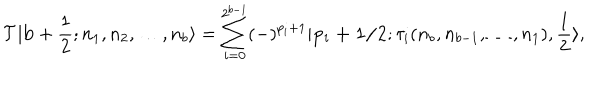
{ \cal T } | { \bf b } + \frac { 1 } { 2 } ; n _ { 1 } , n _ { 2 } , \ldots , n _ { b } \rangle = \sum _ { i = 0 } ^ { 2 ^ { b - 1 } } ( - ) ^ { p _ { i } + 1 } | { \bf { p _ { i } + 1 / 2 } } ; \tau _ { i } ( n _ { b } , n _ { b - 1 } , \ldots , n _ { 1 } ) , \frac { 1 } { 2 } \rangle ,